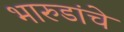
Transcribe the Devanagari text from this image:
भारुडांचे